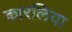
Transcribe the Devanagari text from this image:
कारलिया